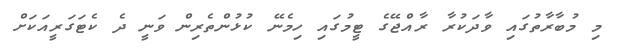
މި މުބާރާތުގައި ވާދަކުރާ ރާއްޖޭގެ ޓީމުގައި ހިމެނޭ ކުޅުންތެރިން ވަނީ ދެ ކެޓަގަރީއަކަށް